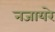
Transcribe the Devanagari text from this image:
नजायरे